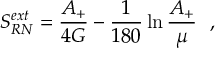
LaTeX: S _ { R N } ^ { e x t } = { \frac { A _ { + } } { 4 G } } - { \frac { 1 } { 1 8 0 } } \ln { \frac { A _ { + } } { \mu } } ~ ~ ,